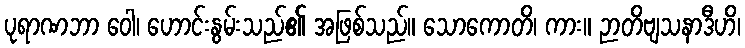
ပုရာဏဘာ ဝေါ၊ ဟောင်းနွမ်းသည်၏ အဖြစ်သည်။ သောကောတိ၊ ကား။ ဉာတိဗျသနာဒီဟိ၊